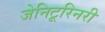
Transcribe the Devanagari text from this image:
जेनिटूरिनरी